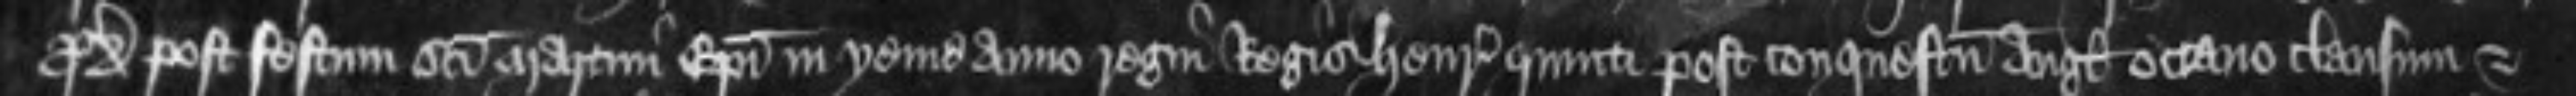
proximo post festum sancti Martini Episcopi in yeme anno regni Regis Henrici quinti post conquestum Anglie octavo clausum et